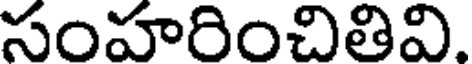
సంహరించితివి.